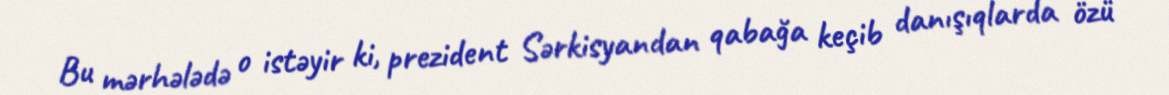
Bu mərhələdə o istəyir ki, prezident Sərkisyandan qabağa keçib danışıqlarda özü